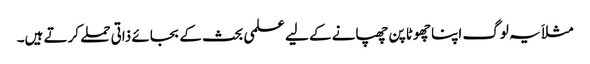
مثلاَ یہ لوگ اپنا چھوٹا پن چھپانے کے لیے علمی بحث کے بجائے ذاتی حملے کرتے ہیں۔